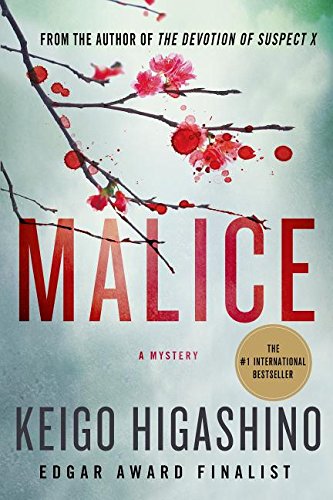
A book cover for Malice: A Mystery; Keigo Higashino; Mystery, Thriller & Suspense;